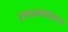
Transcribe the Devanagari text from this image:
लग्नस्थ